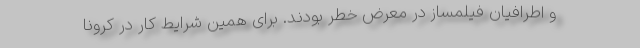
و اطرافیان فیلمساز در معرض خطر بودند. برای همین شرایط کار در کرونا